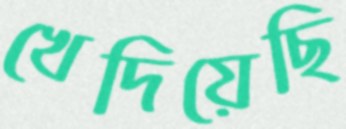
খেদিয়েছি